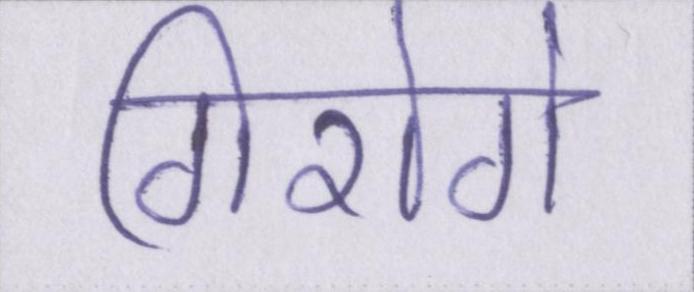
गिरोगे